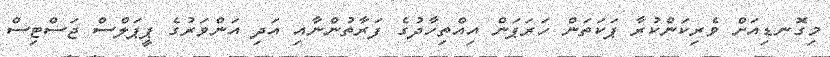
މިގޮނޑިއަށް ވެރިކަންކުރާ ޕަކަތަން ހަރަޕަން އިއްތިހާދުގެ ފަރާތުންނާއި އަދި އަންވަރުގެ ޕީޕަލްސް ޖަސްޓިސް